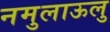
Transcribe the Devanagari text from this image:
नमुलाऊलु